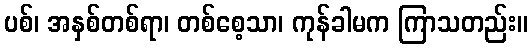
ပစ်၊ အနှစ်တစ်ရာ၊ တစ်စေ့သာ၊ ကုန်ခါမက ကြာသတည်း။